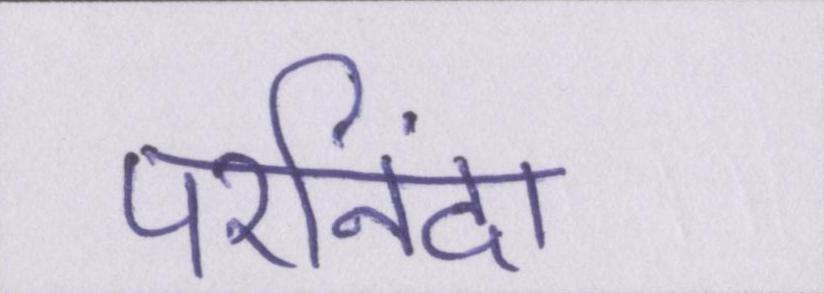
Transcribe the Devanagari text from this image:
परनिंदा